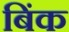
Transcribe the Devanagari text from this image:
बिंक